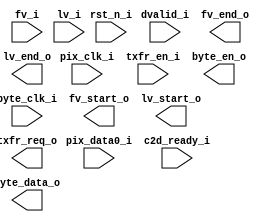
/*******************************************************************************
    Verilog netlist generated by IPGEN Lattice Radiant Software (64-bit)
    2.2.0.97.3
    Soft IP Version: 1.1.1
    2021 06 19 14:36:32
*******************************************************************************/
/*******************************************************************************
    Wrapper Module generated per user settings.
*******************************************************************************/
module p2b (rst_n_i, pix_clk_i, byte_clk_i, fv_i, lv_i, dvalid_i, pix_data0_i,
    c2d_ready_i, txfr_en_i, fv_start_o, fv_end_o, lv_start_o, lv_end_o,
    txfr_req_o, byte_en_o, byte_data_o)/* synthesis syn_black_box syn_declare_black_box=1 */;
    input  rst_n_i;
    input  pix_clk_i;
    input  byte_clk_i;
    input  fv_i;
    input  lv_i;
    input  dvalid_i;
    input  [7:0]  pix_data0_i;
    input  c2d_ready_i;
    input  txfr_en_i;
    output  fv_start_o;
    output  fv_end_o;
    output  lv_start_o;
    output  lv_end_o;
    output  txfr_req_o;
    output  byte_en_o;
    output  [7:0]  byte_data_o;
endmodule